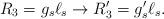
LaTeX: \begin{align*}R_3 = g_s\ell_s \rightarrow R'_3 = g'_s \ell_s.\end{align*}